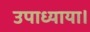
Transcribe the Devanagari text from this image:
उपाध्याया।